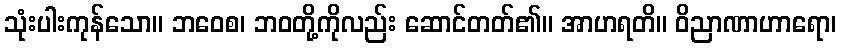
သုံးပါးကုန်သော။ ဘဝေစ၊ ဘဝတို့ကိုလည်း ဆောင်တတ်၏။ အာဟရတိ။ ဝိညာဏာဟာရော၊